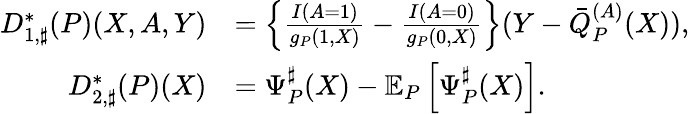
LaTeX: \begin{array}{rl}{D_{1,\sharp}^{*}(P)(X,A,Y)}&{=\left\{ \frac{I(A=1)}{g_{P}(1,X)}-\frac{I(A=0)}{g_{P}(0,X)}\right\} (Y-\bar{Q}_{P}^{(A)}(X)),}\\ {D_{2,\sharp}^{*}(P)(X)}&{=\Psi_{P}^{\sharp}(X)-\mathbb{E}_{P}\left[\Psi_{P}^{\sharp}(X)\right].}\end{array}